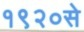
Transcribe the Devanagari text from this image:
१९२०से